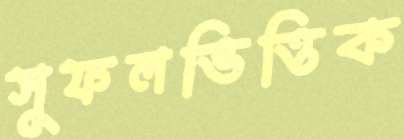
সুফলভিত্তিক